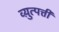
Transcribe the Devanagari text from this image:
व्य़ुत्पत्ती